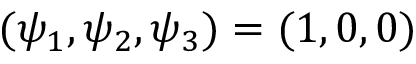
( \psi _ { 1 } , \psi _ { 2 } , \psi _ { 3 } ) = ( 1 , 0 , 0 )